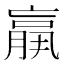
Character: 𦟀